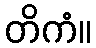
တိကံ။